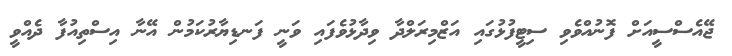
ޖޭއެސްސީއަށް ފޮނުއްވެވި ސިޓީފުޅުގައި އަޒްމިރަލްދާ ވިދާޅުވެފައި ވަނީ ފަނޑިޔާރުކަމުން އޭނާ އިސްތިއުފާ ދެއްވީ